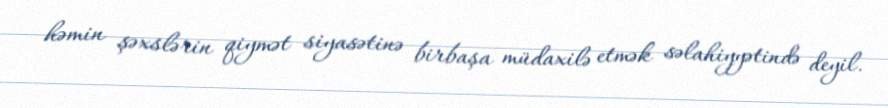
həmin şəxslərin qiymət siyasətinə birbaşa müdaxilə etmək səlahiyyətində deyil.